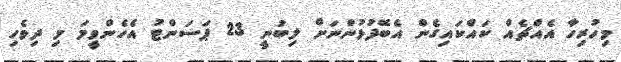
މިހުރިހާ އެއްޗެއް ކައްކައިގެން އެބޭފުޅުންނަށް ލިބުނީ 23 ޕަސަންޓު އެހެންވީމަ މި ދިވެހި